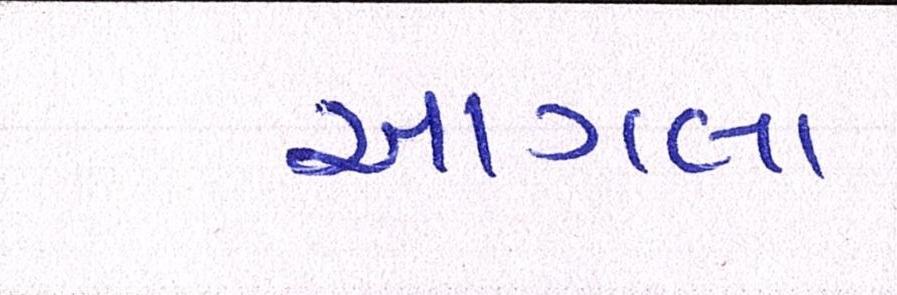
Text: આગલા